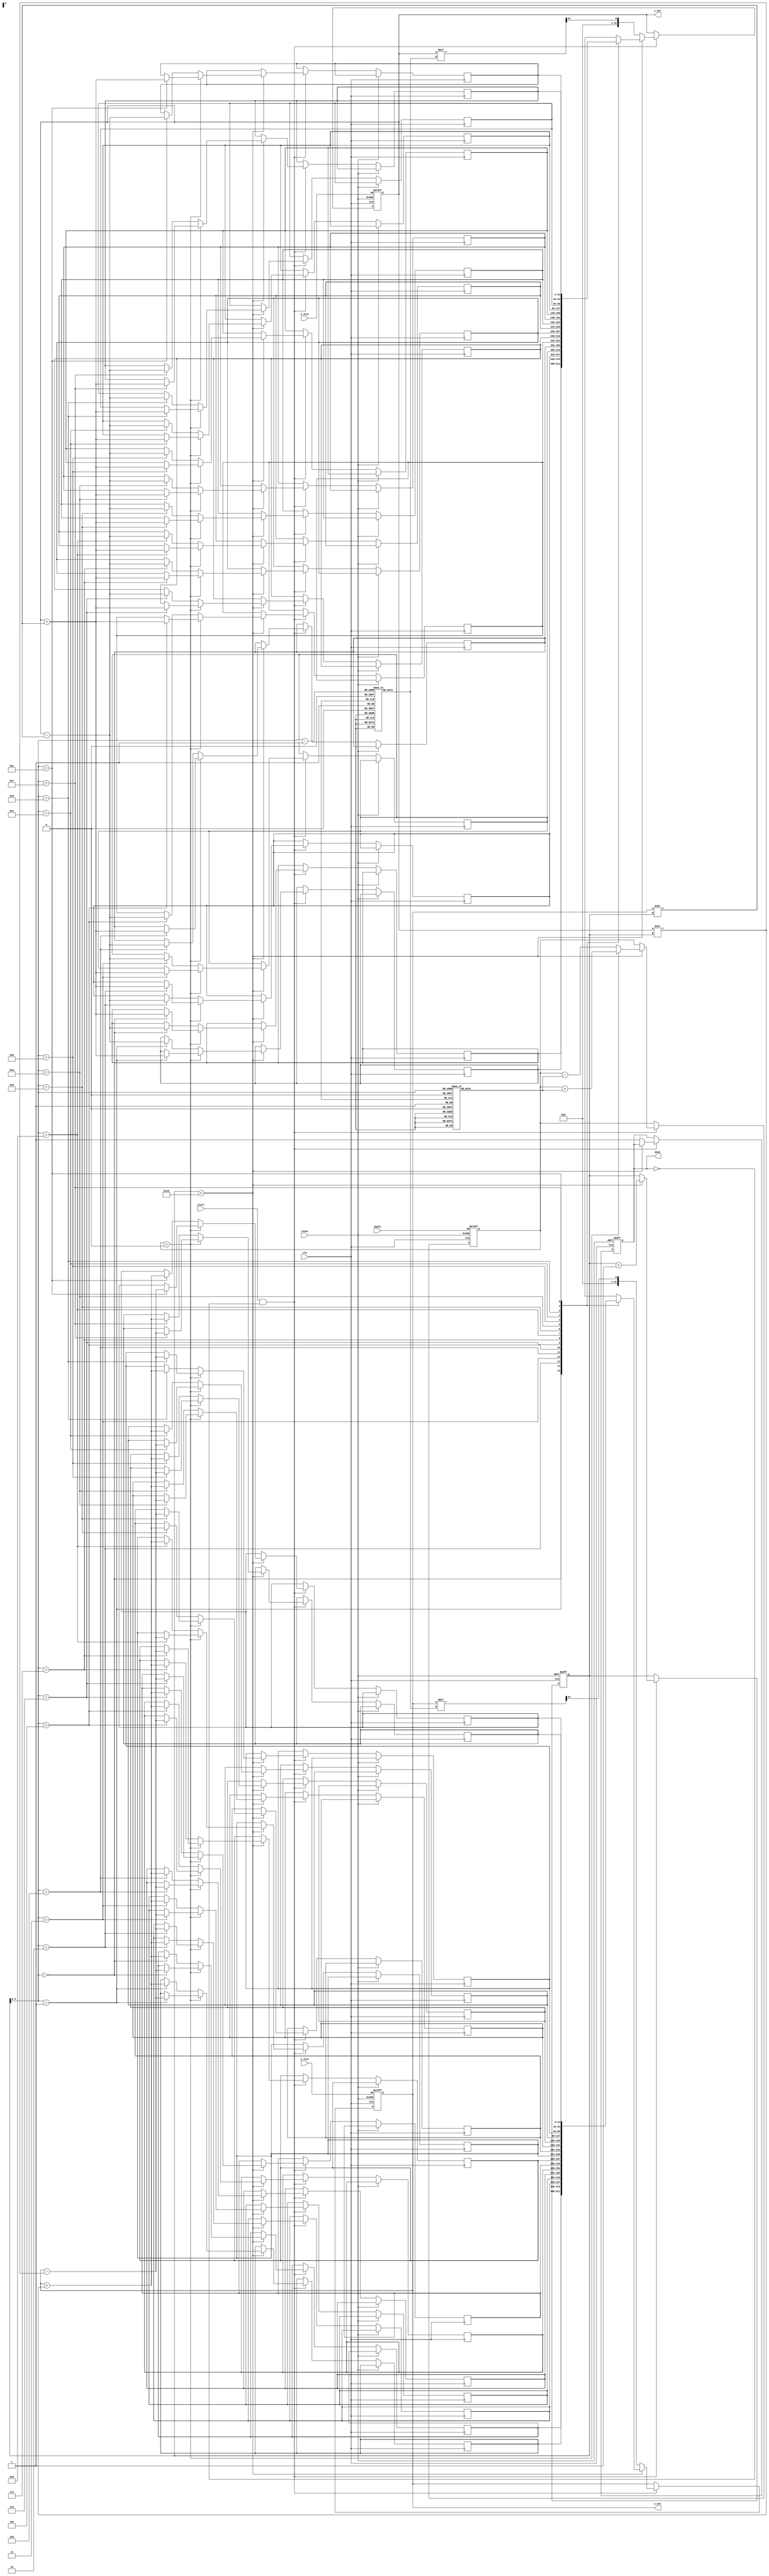
module CORDIC (
    input wire clk,
    input wire reset,
    input wire start,
    input wire signed [31:0] angle, // Input angle in fixed-point format
    input wire signed [31:0] x_init, // Initial x value
    input wire signed [31:0] y_init, // Initial y value
    output reg signed [31:0] x_out, // Output x (cosine)
    output reg signed [31:0] y_out, // Output y (sine)
    output reg done // Indicates completion of computation
);

    // Parameterization
    parameter NUM_ITER = 16; // Number of iterations
    parameter FIXED_POINT = 32; // Bit-width for fixed-point representation

    // LUTs (precomputed values)
    reg signed [FIXED_POINT-1:0] angle_lut [0:NUM_ITER-1]; // Angle LUT
    reg signed [FIXED_POINT-1:0] scaling_lut [0:NUM_ITER-1]; // Scaling Factor LUT

    // Internal registers to hold current values
    reg signed [FIXED_POINT-1:0] x [0:NUM_ITER-1];
    reg signed [FIXED_POINT-1:0] y [0:NUM_ITER-1];
    reg signed [FIXED_POINT-1:0] z; // Remaining angle to rotate
    reg [4:0] iter; // Iteration counter

    initial begin
        // Initialize LUT values (example values for illustration)
        // Angle LUT (in fixed-point format, radians)
        angle_lut[0] = 32'h00000000; // atan(1/2^0) = 0
        angle_lut[1] = 32'h0000003F; // atan(1/2^1)  0.785398
        angle_lut[2] = 32'h00000020; // atan(1/2^2)  0.463648
        angle_lut[3] = 32'h00000014; // atan(1/2^3)  0.244978
        // ... Fill remaining LUT values appropriately

        // Scaling Factor LUT (in fixed-point format)
        scaling_lut[0] = 32'h00000000; // Scaling factor for iteration 0
        scaling_lut[1] = 32'h00000000; // Scaling factor for iteration 1
        scaling_lut[2] = 32'h00000000; // Scaling factor for iteration 2
        // ... Fill remaining LUT values
    end

    // Control Logic
    always @(posedge clk or posedge reset) begin
        if (reset) begin
            done <= 0;
            iter <= 0;
            x_out <= x_init;
            y_out <= y_init;
            z <= angle;
        end else if (start && !done) begin
            if (iter < NUM_ITER) begin
                // CORDIC iteration
                if (z < 0) begin
                    // d = -1 (counterclockwise)
                    x[iter] <= x_out + (y_out >> iter);
                    y[iter] <= y_out - (x_out >> iter);
                    z <= z + angle_lut[iter];
                end else begin
                    // d = +1 (clockwise)
                    x[iter] <= x_out - (y_out >> iter);
                    y[iter] <= y_out + (x_out >> iter);
                    z <= z - angle_lut[iter];
                end

                // Update for the next iteration
                x_out <= x[iter];
                y_out <= y[iter];
                iter <= iter + 1;
            end else begin
                // Finalize the output with scaling
                x_out <= (x_out * scaling_lut[iter-1]) >> (FIXED_POINT - 1); // Apply scaling
                y_out <= (y_out * scaling_lut[iter-1]) >> (FIXED_POINT - 1); // Apply scaling
                done <= 1; // Mark as complete
            end
        end
    end
endmodule